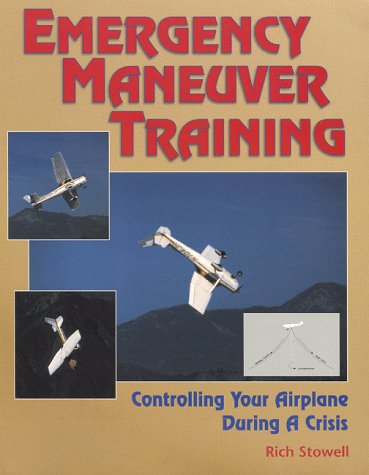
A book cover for Emergency Maneuver Training : Controlling Your Airplane During a Crisis; Rich Stowell; Sports & Outdoors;